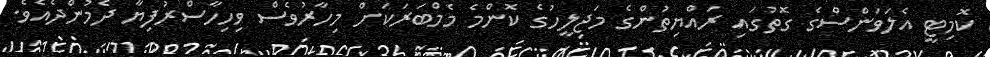
ކޮމިޓީ އެލަވަންސްގެ ގޮތުގައި ރައްޔިތުންގެ މަޖިލީހުގެ ކޮންމެ މެމްބަރަކަށް މިހާރުވެސް ވިހިހާސްރުފިޔާ ދެމުންދެއެވެ.